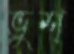
ভুশ্‌